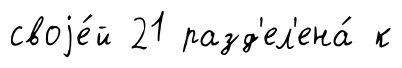
своjе́й 21 разд'ел'ена́ к